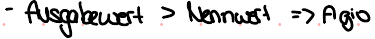
- Ausgabewert > Nennwert => Agio